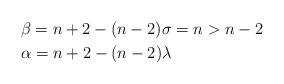
LaTeX: \begin{align*} &\beta=n+2-(n-2)\sigma=n>n-2\\ &\alpha=n+2-(n-2)\lambda \end{align*}